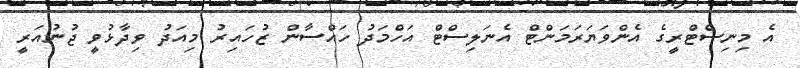
އެ މިނިސްޓްރީގެ އެންވަޔަރަމަންޓް އެނަލިސްޓް އަހްމަދު ހައްސާން ޒުހައިރު މިއަދު ވިދާޅުވީ ޖުނުއަރީ